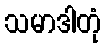
သမာဒါတုံ